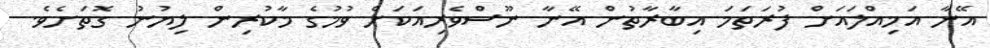
އޭނާ އަމިއްލައަށް ފުރަތަމަ އިބާރާތުން އޭނާ ނޫސްވެރިއަކަށް ވުމުގެ މާކުރިން ލިޔުނު ގޮތަށެވެ.